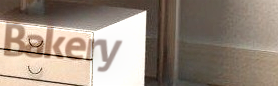
Bakery